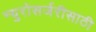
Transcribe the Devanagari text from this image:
न्युरोसर्जरीसाठी